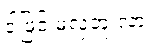
ဒါဖြင့် မလှဘူးလား